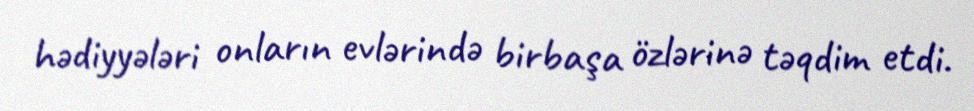
hədiyyələri onların evlərində birbaşa özlərinə təqdim etdi.